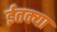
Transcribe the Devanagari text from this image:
ईतक्या